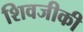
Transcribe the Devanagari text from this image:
शिवजीकी